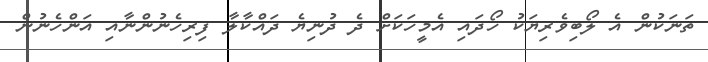
ތަނަކުން އެ ލޯބިވެރިޔަކު ހޯދައި އެމީހަކަށް ދެ ދުނިޔެ ދައްކާލާ ފިރިހެނުންނާއި އަންހެނުން